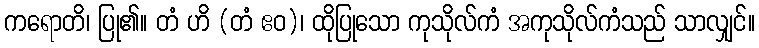
ကရောတိ၊ ပြု၏။ တံ ဟိ (တံ ဧဝ)၊ ထိုပြုသော ကုသိုလ်ကံ အကုသိုလ်ကံသည် သာလျှင်။